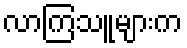
လာကြသူများက